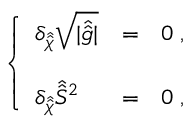
\left\{ \begin{array} { l c l } { { \delta _ { \hat { \hat { \chi } } } \sqrt { | \hat { \hat { g } } | } } } & { { = } } & { { 0 \; , } } \\ { { } } & { { } } & { { } } \\ { { \delta _ { \hat { \hat { \chi } } } \hat { \hat { S } } { } ^ { 2 } } } & { { = } } & { { 0 \; , } } \end{array} \right.